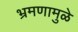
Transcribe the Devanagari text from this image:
भ्रमणामुळे